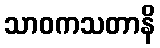
သာဝကသတာနိ